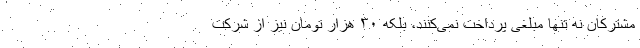
مشترکان نه تنها مبلغی پرداخت نمی‌کنند، بلکه ۳۰ هزار تومان نیز از شرکت